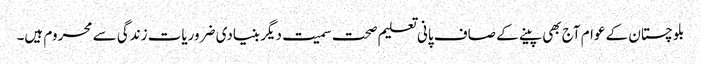
بلوچستان کے عوام آج بھی پینے کے صاف پانی تعلیم صحت سمیت دیگر بنیادی ضروریات زندگی سے محروم ہیں۔